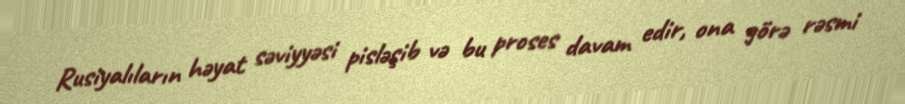
Rusiyalıların həyat səviyyəsi pisləşib və bu proses davam edir, ona görə rəsmi